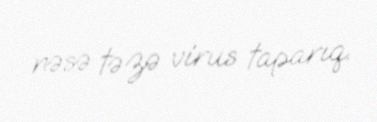
nəsə təzə virus taparıq.